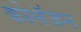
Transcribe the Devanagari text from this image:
कोलॅजन